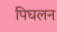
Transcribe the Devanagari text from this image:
पिघलन